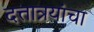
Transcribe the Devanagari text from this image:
दत्तात्रयांचा